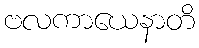
ဗလကာယေနာတိ